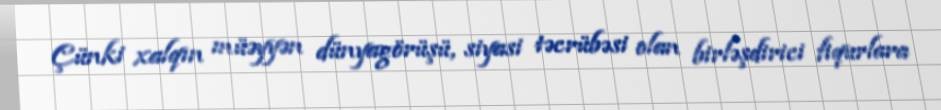
Çünki xalqın müəyyən dünyagörüşü, siyasi təcrübəsi olan birləşdirici fiqurlara